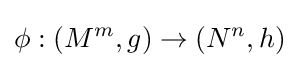
\phi :(M^{m},g)\to (N^{n},h)